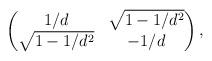
LaTeX: \begin{align*}\begin{pmatrix}1/d & \sqrt{1-1/d^2}\\\sqrt{1-1/d^2} & -1/d\end{pmatrix},\end{align*}